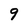
Character: 9